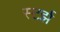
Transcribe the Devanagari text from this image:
स्टर्झ